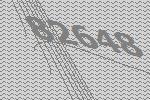
82648